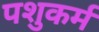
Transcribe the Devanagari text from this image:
पशुकर्म